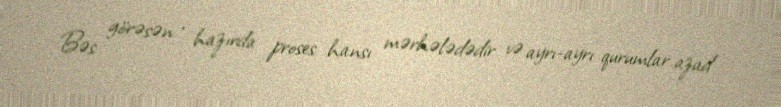
Bəs görəsən , hazırda proses hansı mərhələdədir və ayrı-ayrı qurumlar azad